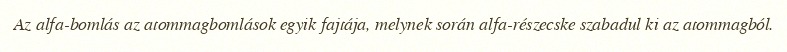
Az alfa-bomlás az atommagbomlások egyik fajtája, melynek során alfa-részecske szabadul ki az atommagból.